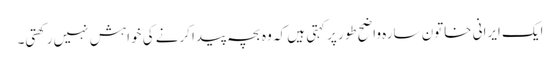
ایک ایرانی خاتون سارہ واضح طور پر کہتی ہیں کہ وہ بچہ پیدا کرنے کی خواہش نہیں رکھتی۔